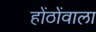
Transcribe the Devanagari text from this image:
होंठोंवाला